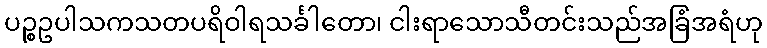
ပဉ္စဥပါသကသတပရိဝါရသင်္ခါတော၊ ငါးရာသောသီတင်းသည်အခြံအရံဟု